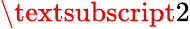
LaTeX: \textsubscript{2}